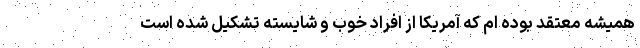
همیشه معتقد بوده ام که آمریکا از افراد خوب و شایسته تشکیل شده است